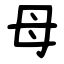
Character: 母